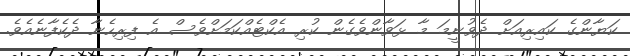
ކަޔާންގެ ކައިރިއަށް ދެވުނީމަ މާ ޅަވާންވެގެން ކުރި އެކްޓެއްކަމަށްވެސް އެ ފިރިހެނާ ދެކެފާނެއެވެ.